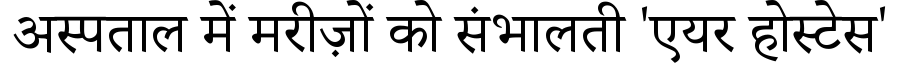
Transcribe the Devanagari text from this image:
अस्पताल में मरीज़ों को संभालती 'एयर होस्टेस'